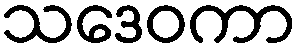
သဒေဝကာ